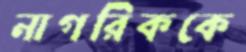
নাগরিককে